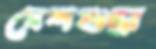
দেশশুদ্ধা